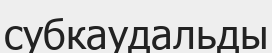
субкаудальды